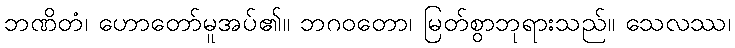
ဘဏိတံ၊ ဟောတော်မူအပ်၏။ ဘဂဝတော၊ မြတ်စွာဘုရားသည်။ သေလဿ၊